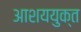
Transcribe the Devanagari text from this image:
आशययुक्‍त